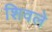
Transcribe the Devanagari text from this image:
शिवले